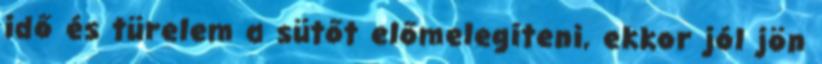
idő és türelem a sütőt előmelegíteni, ekkor jól jön